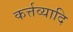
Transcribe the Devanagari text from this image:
कर्त्तव्यादि